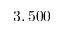
3 , 5 0 0